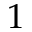
1